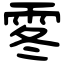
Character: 𩂓